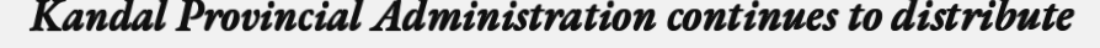
Kandal Provincial Administration continues to distribute